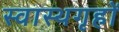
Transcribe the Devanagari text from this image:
स्वास्थगृहों